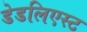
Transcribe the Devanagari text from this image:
डेडलिएस्ट